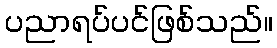
ပညာရပ်ပင်ဖြစ်သည်။